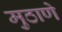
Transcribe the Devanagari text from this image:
मुठाणे